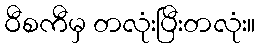
ဝီစကီမှ တလုံးပြီးတလုံး။